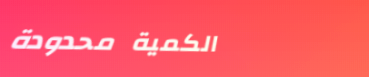
الكمية محدودة